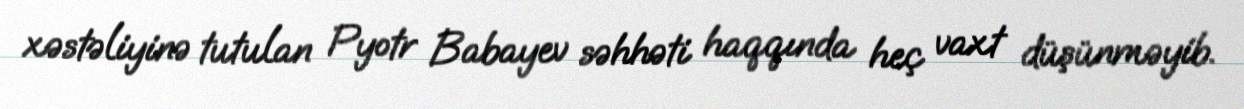
xəstəliyinə tutulan Pyotr Babayev səhhəti haqqında heç vaxt düşünməyib.